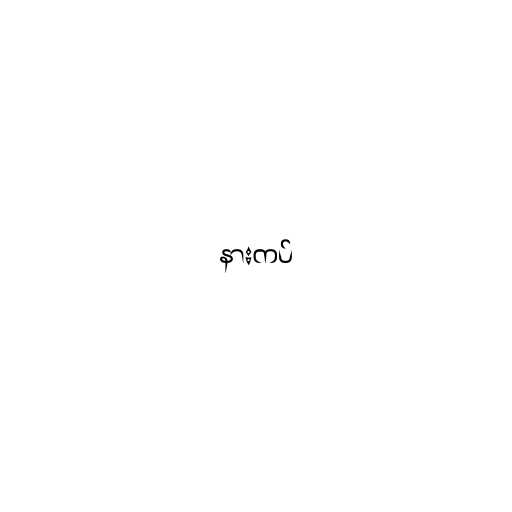
နားကပ်